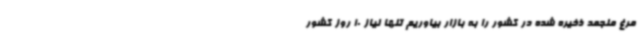
مرغ منجمد ذخیره شده در کشور را به بازار بیاوریم تنها نیاز 10 روز کشور